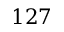
1 2 7